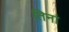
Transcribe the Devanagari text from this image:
तिनां